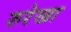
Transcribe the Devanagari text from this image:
रुरेखा